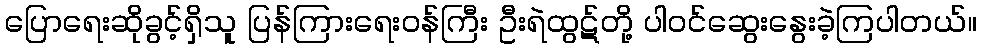
ပြောရေးဆိုခွင့်ရှိသူ ပြန်ကြားရေးဝန်ကြီး ဦးရဲထွဋ်တို့ ပါဝင်ဆွေးနွေးခဲ့ကြပါတယ်။